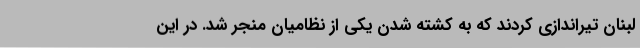
لبنان تیراندازی کردند که به کشته شدن یکی از نظامیان منجر شد. در این